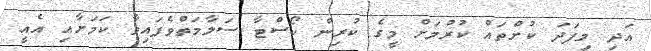
އަދި މިފަދަ ކުށްތައް ކުރުމަށް މީގެ ކުރިން ކޯސްޓާ ސަލާމަތްވެފައިވާ ކަމަށާއި އެއީ